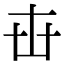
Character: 𠦔